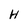
Character: H